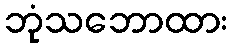
ဘုံသဘောထား